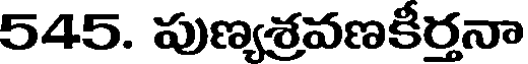
545. పుణ్యశ్రవణకీర్తనా